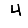
Digit: 4